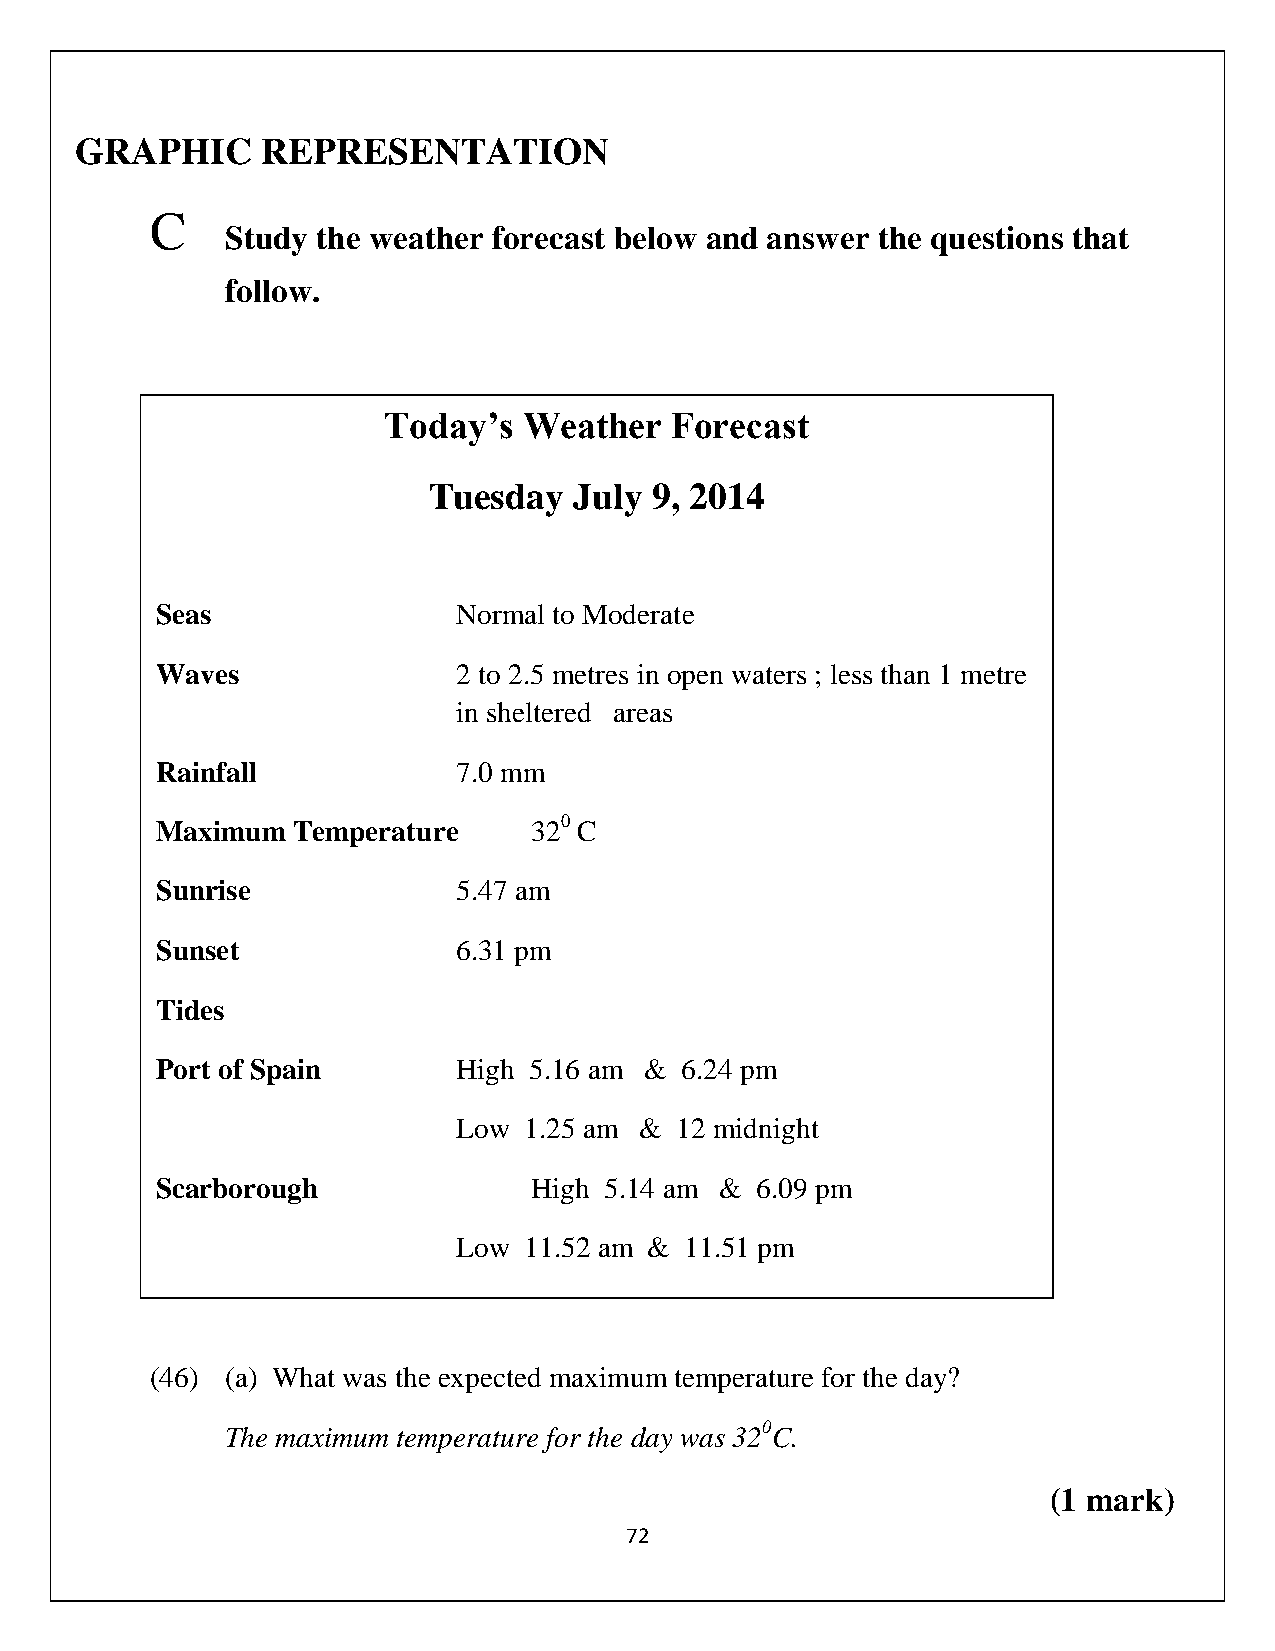
GRAPHIC     REPRESENTATION
 C
 Study the weather forecast below and answer the questions that
 follow.
 Today’s   Weather  Forecast
 Tuesday   July 9, 2014
 Seas                Normal to Moderate
 Waves               2 to 2.5 metres in open waters ; less than 1 metre
 in sheltered areas
 Rainfall            7.0 mm
 Maximum  Temperature     320 C
 Sunrise             5.47 am
 Sunset              6.31 pm
 Tides
 Port of Spain       High 5.16 am & 6.24 pm
 Low  1.25 am & 12 midnight
 Scarborough              High 5.14 am & 6.09 pm
 Low  11.52 am & 11.51 pm
 (46) (a) What was the expected maximum temperature for the day?
 The maximum temperature for the day was 320C.
 (1 mark)
 72